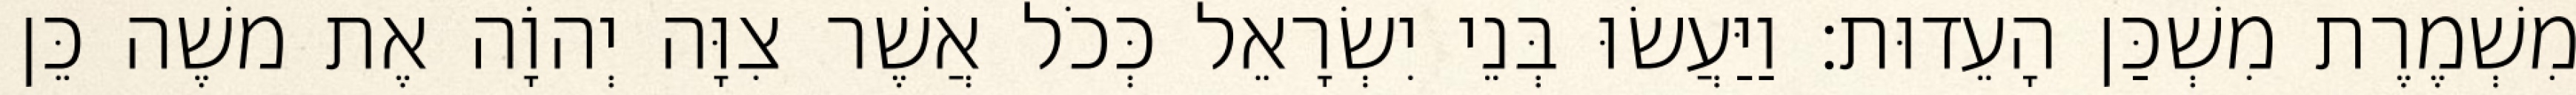
מִשְׁמֶרֶת מִשְׁכַּן הָעֵדוּת׃ וַיַּעֲשׂוּ בְּנֵי יִשְׂרָאֵל כְּכֹל אֲשֶׁר צִוָּה יְהוָֹה אֶת משֶׁה כֵּן